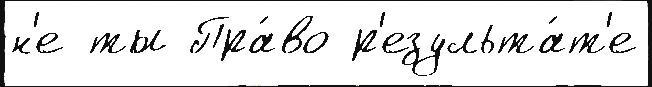
н'е ты Пра́во р'езульта́т'е